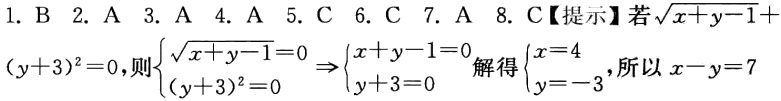
1. B 2. A 3. A 4. A 5. C 6. C 7. A 8. C【提示】若\(\sqrt{x + y - 1}+(y + 3)^{2}=0\)，则\(\begin{cases}\sqrt{x + y - 1}=0\\(y + 3)^{2}=0\end{cases}\Rightarrow\begin{cases}x + y - 1=0\\y + 3=0\end{cases}\)解得\(\begin{cases}x = 4\\y = - 3\end{cases}\)，所以\(x - y=7\)